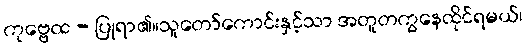
ကုဗ္ဗေထ - ပြုရာ၏။သူတော်ကောင်းနှင့်သာ အတူတကွနေထိုင်ရမယ်၊